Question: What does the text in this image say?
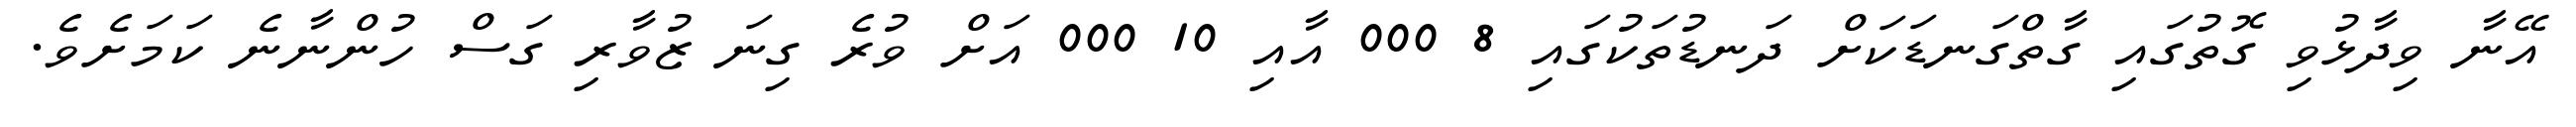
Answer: އޭނާ ވިދާޅުވި ގޮތުގައި ގާތްގަނޑަކަށް ދަނޑުތަކުގައި 8 000 އާއި 10 000 އަށް ވުރެ ގިނަ ޒުވާރި ގަސް ހުންނާނެ ކަމަށެވެ.